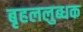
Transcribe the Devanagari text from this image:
बृहललुब्धक